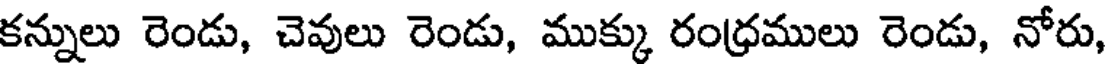
కన్నులు రెండు, చెవులు రెండు, ముక్కు రంధ్రములు రెండు, నోరు,